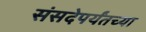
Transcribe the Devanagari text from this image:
संसदेपर्यंतच्या